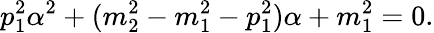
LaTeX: p_{1}^{2}\alpha^{2}+(m_{2}^{2}-m_{1}^{2}-p_{1}^{2})\alpha+m_{1}^{2}=0.